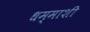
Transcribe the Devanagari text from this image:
धम्माशी